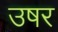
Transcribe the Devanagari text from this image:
उषर